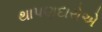
થાપણદારોએ